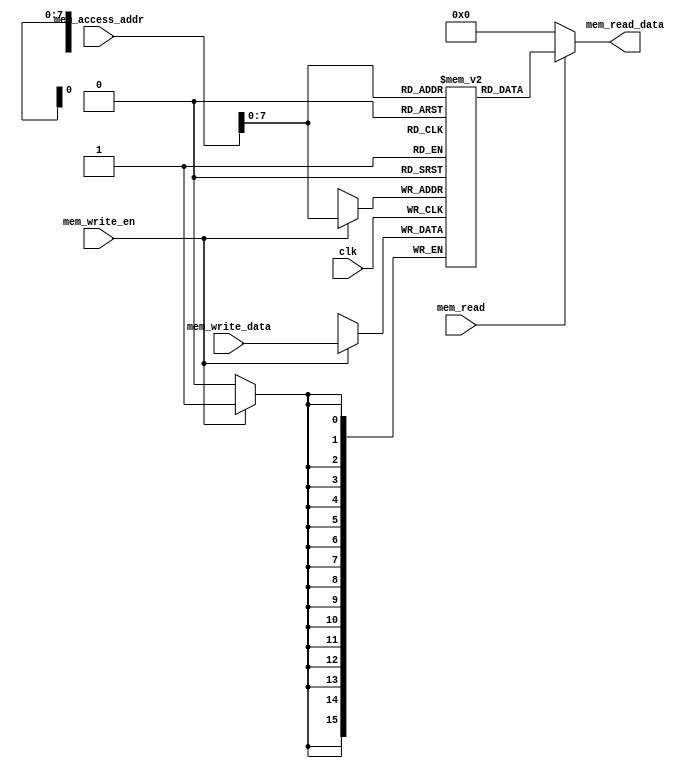
module data_memory (  
	input          clk,  
	input   [15:0] mem_access_addr,  
	input   [15:0] mem_write_data,  
	input          mem_write_en,  
	input 			mem_read,
	output  [15:0] mem_read_data  );

	integer i;  
	reg [15:0] ram [255:0]; 
	
	//wire [7 : 0] ram_addr = mem_access_addr[8 : 1];  
	wire [7 : 0] ram_addr = mem_access_addr[7 : 0];
	
	initial begin  
		for(i=0;i<256;i=i+1)  
			ram[i] <= 16'd0;  
	end  
	
	always @(posedge clk) begin  
		if (mem_write_en)  
			ram[ram_addr] <= mem_write_data;  
		end  
		
	assign mem_read_data = (mem_read==1'b1) ? ram[ram_addr]: 16'd0;   
	
endmodule